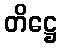
တိဋ္ဌေ